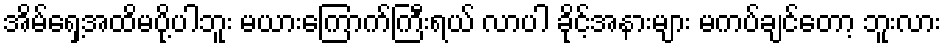
အိမ်ရှေ့အထိမပို့ပါဘူး မယားကြောက်ကြီးရယ် လာပါ ခိုင့်အနားများ မကပ်ချင်တော့ ဘူးလား